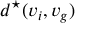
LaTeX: d ^ { \star } ( v _ { i } , v _ { g } )